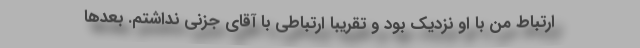
ارتباط من با او نزدیك بود و تقریبا ارتباطی با آقای جزنی نداشتم. بعد‌ها